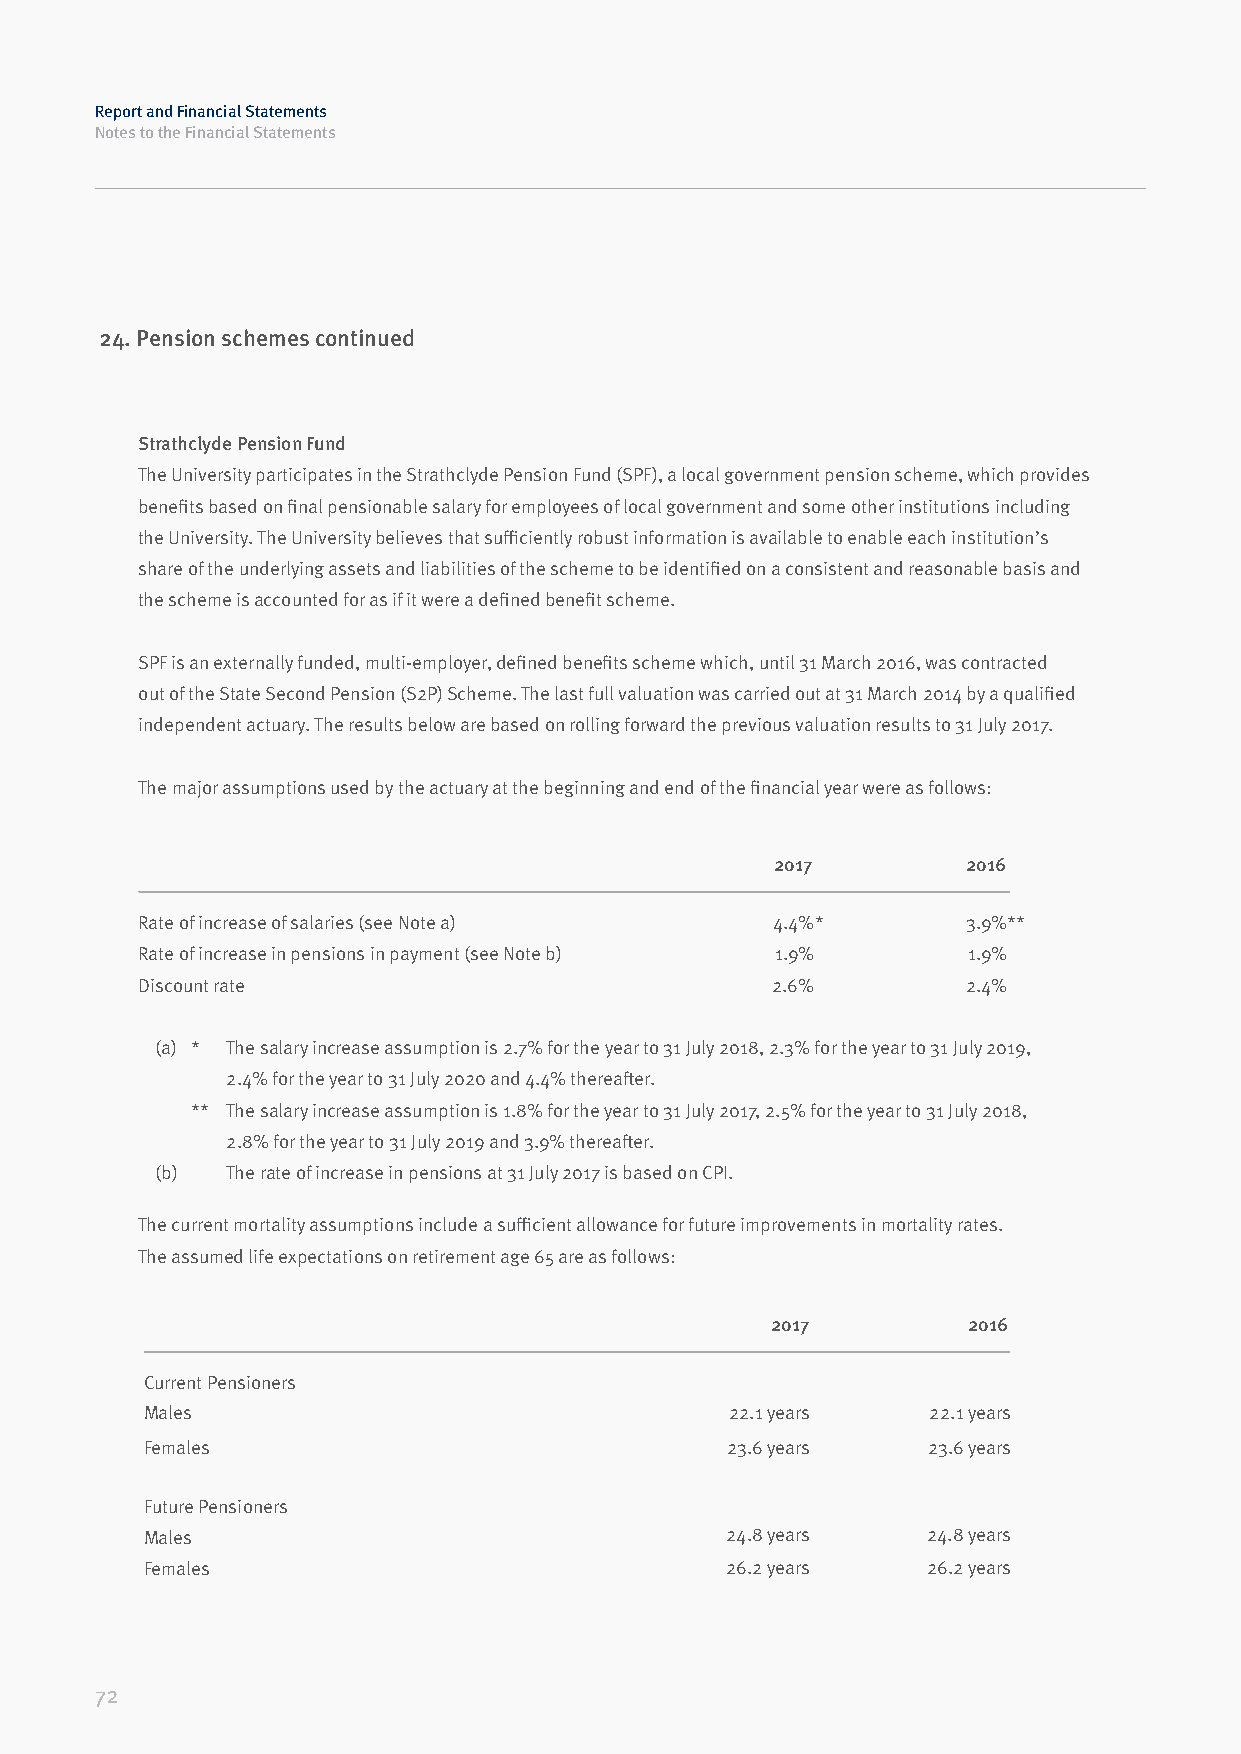
Report and Financial Statements
 Notes to the Financial Statements
 24. Pension schemes continued
 Strathclyde Pension Fund
 The University participates in the Strathclyde Pension Fund (SPF), a local government pension scheme, which provides
 benefits based on final pensionable salary for employees of local government and some other institutions including
 the University. The University believes that sufficiently robust information is available to enable each institution’s
 share of the underlying assets and liabilities of the scheme to be identified on a consistent and reasonable basis and
 the scheme is accounted for as if it were a defined benefit scheme.
 SPF is an externally funded, multi-employer, defined benefits scheme which, until 31 March 2016, was contracted
 out of the State Second Pension (S2P) Scheme. The last full valuation was carried out at 31 March 2014 by a qualified
 independent actuary. The results below are based on rolling forward the previous valuation results to 31 July 2017.
 The major assumptions used by the actuary at the beginning and end of the financial year were as follows:
 2017         2016
 Rate of increase of salaries (see Note a) 4.4%*        3.9%**
 Rate of increase in pensions in payment (see Note b) 1.9% 1.9%
 Discount rate                             2.6%         2.4%
 (a) * The salary increase assumption is 2.7% for the year to 31 July 2018, 2.3% for the year to 31 July 2019,
 2.4% for the year to 31 July 2020 and 4.4% thereafter.
 ** The salary increase assumption is 1.8% for the year to 31 July 2017, 2.5% for the year to 31 July 2018,
 2.8% for the year to 31 July 2019 and 3.9% thereafter.
 (b)  The rate of increase in pensions at 31 July 2017 is based on CPI.
 The current mortality assumptions include a sufficient allowance for future improvements in mortality rates.
 The assumed life expectations on retirement age 65 are as follows:
 2017         2016
 Current Pensioners
 Males                                 22.1 years   22.1 years
 Females                               23.6 years   23.6 years
 Future Pensioners
 Males                                 24.8 years   24.8 years
 Females                               26.2 years   26.2 years
 72